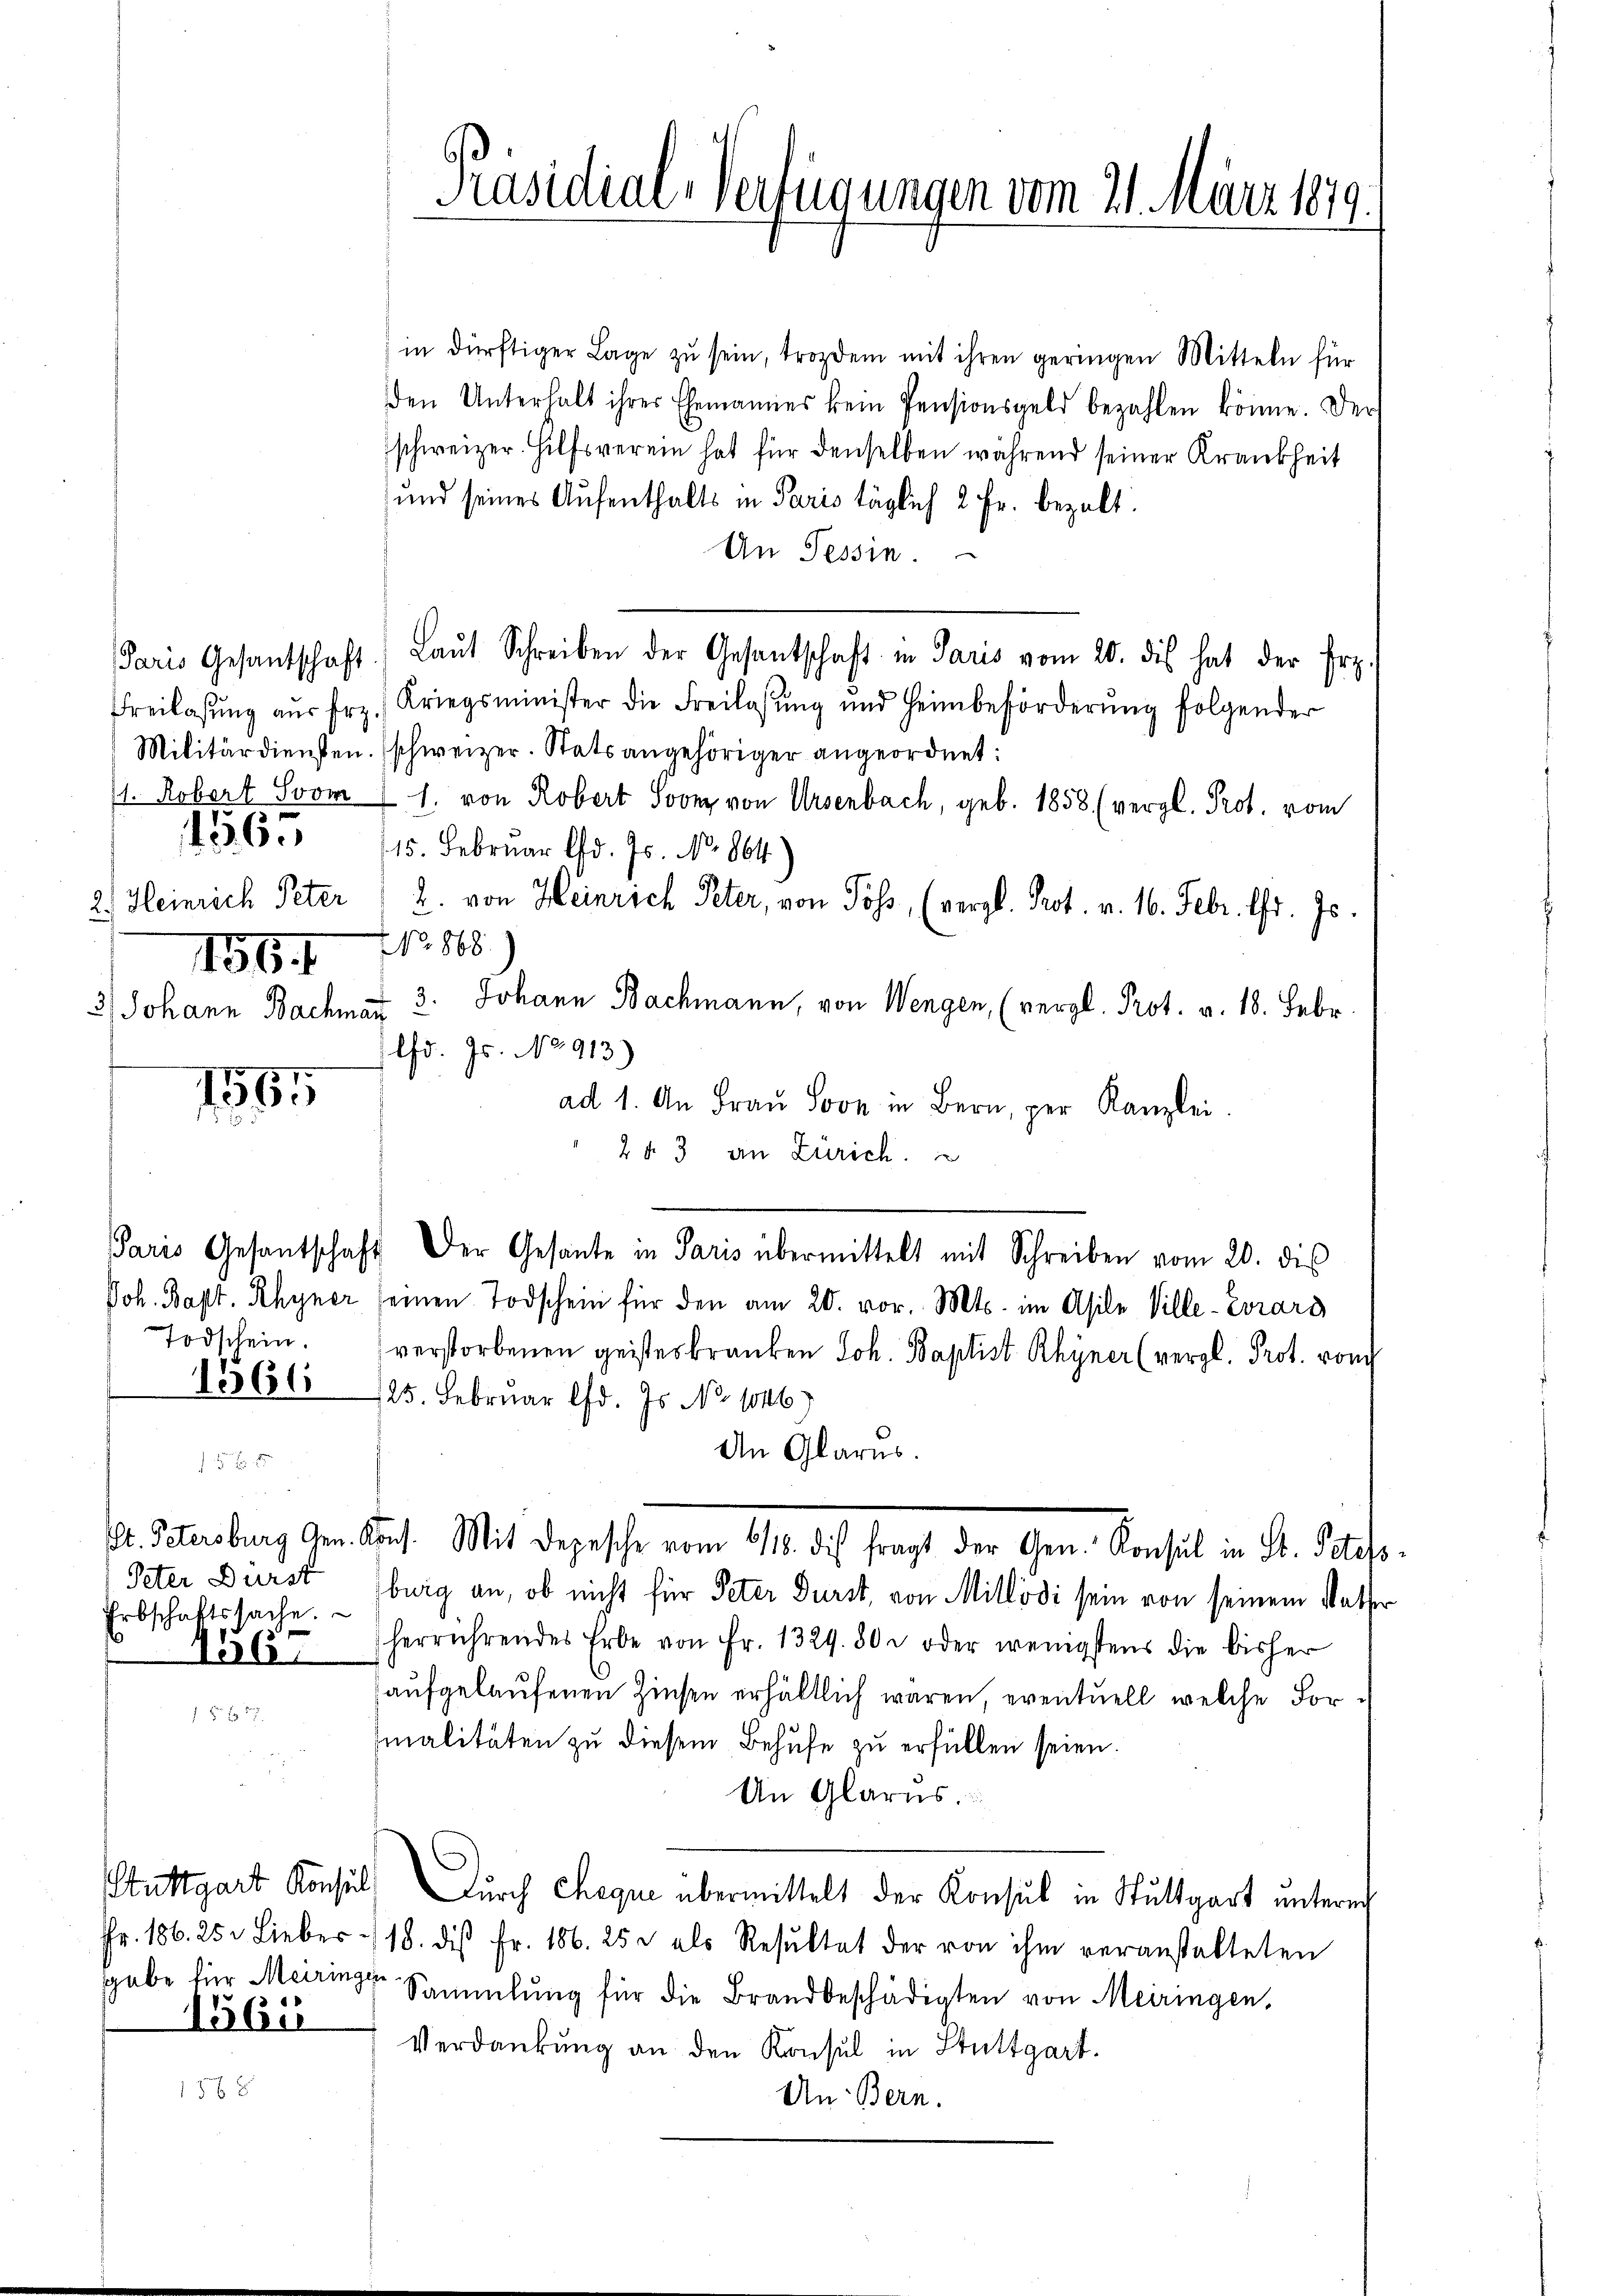
156. No 868

1565

1565

Peter Dürst
Erbschaftssache.

15 bi

15 f 8

Präsidial-Verfügungen vom 21. März 1879.

in dürftiger Lage zu sein, trozdem mit ihren geringen Mitteln für
den Unterhalt ihrer Ehemannes kein Pensionsgeld bezahlen könne. Der
schweizer. Hilfsverein hat für denselben während seiner Krankheit
und seines Aufenthalts in Paris täglich 2 Fr. bezalt:
An Tessin.
Paris Gesantschaft) Laŭt Schreiben der Gesantschaft in Paris vom 20. dis hat der Frz.
Freilasŭng aŭs frz. Kriegsminister die Freilassŭng und Heimbeförderŭng folgender
Militärdiensten. (schweizer. Statsangehöriger angeordnet:
1. Robert Svom 11. von Robert Soony von Ursenbach, geb. 1858 (vergl. Prot. vom
15. Februar lfd. Js. No. 864.
2.) Heinrich Peter 2. von Heinrich Peter, von Poss, (vergl. Prot. v. 16. Febr. d. Js.
3) Johann Bachmar 3. Johann Bachmann, von Wengen, (vergl. Prot. v. 18. Febr
lfd. Js. No 913)
ad 1. An Fraŭ Soo in Bern, per Kanzlei.
2 § 3 an Zürich.
Paris Gesantschaft. Der Gesante in Paris übermittelt mit Schreiben vom 20. dis
Joh. Bapt. Rhyner seinen Todschein für den am 20. vor. Mts. im Asile Ville-Erars
Todschein. verstorbenen geisteskranken Joh. Baptist Rhyner (vergl. Prot. vom
1361, 125. Februar d. Js. No 1046)
An Glarus.
l. Streiburg gen Ant. Mit Depesche vom 10. des fragt der Gen. Konsul in Dr. Docto
burg an, ob nicht für Peter Durst, von Millödi sein von seinem Wetter
868 herrührendes Erbe von Fr. 1329. 80. oder wenigstens die bisher
aufgelaufenen Zinsen erhältlich wären, eventuell, welche Formalitäten zu diesem Behufe zu erfüllen seien.
An Glarus.
Stuttgart Konsul, Durch Cheque übermittelt der Konsul in Stuttgart untern
Fr. 186. 25. Lieber - 18. diβ fr. 186. 25 u als Resŭltat der von ihm veranstalteten
gabe für Meiringer Sammlung für die Brandbeschädigten von Meiringen,
Verdankung an den Konsul in Stuttgart.
An Bern.